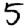
Digit: 5